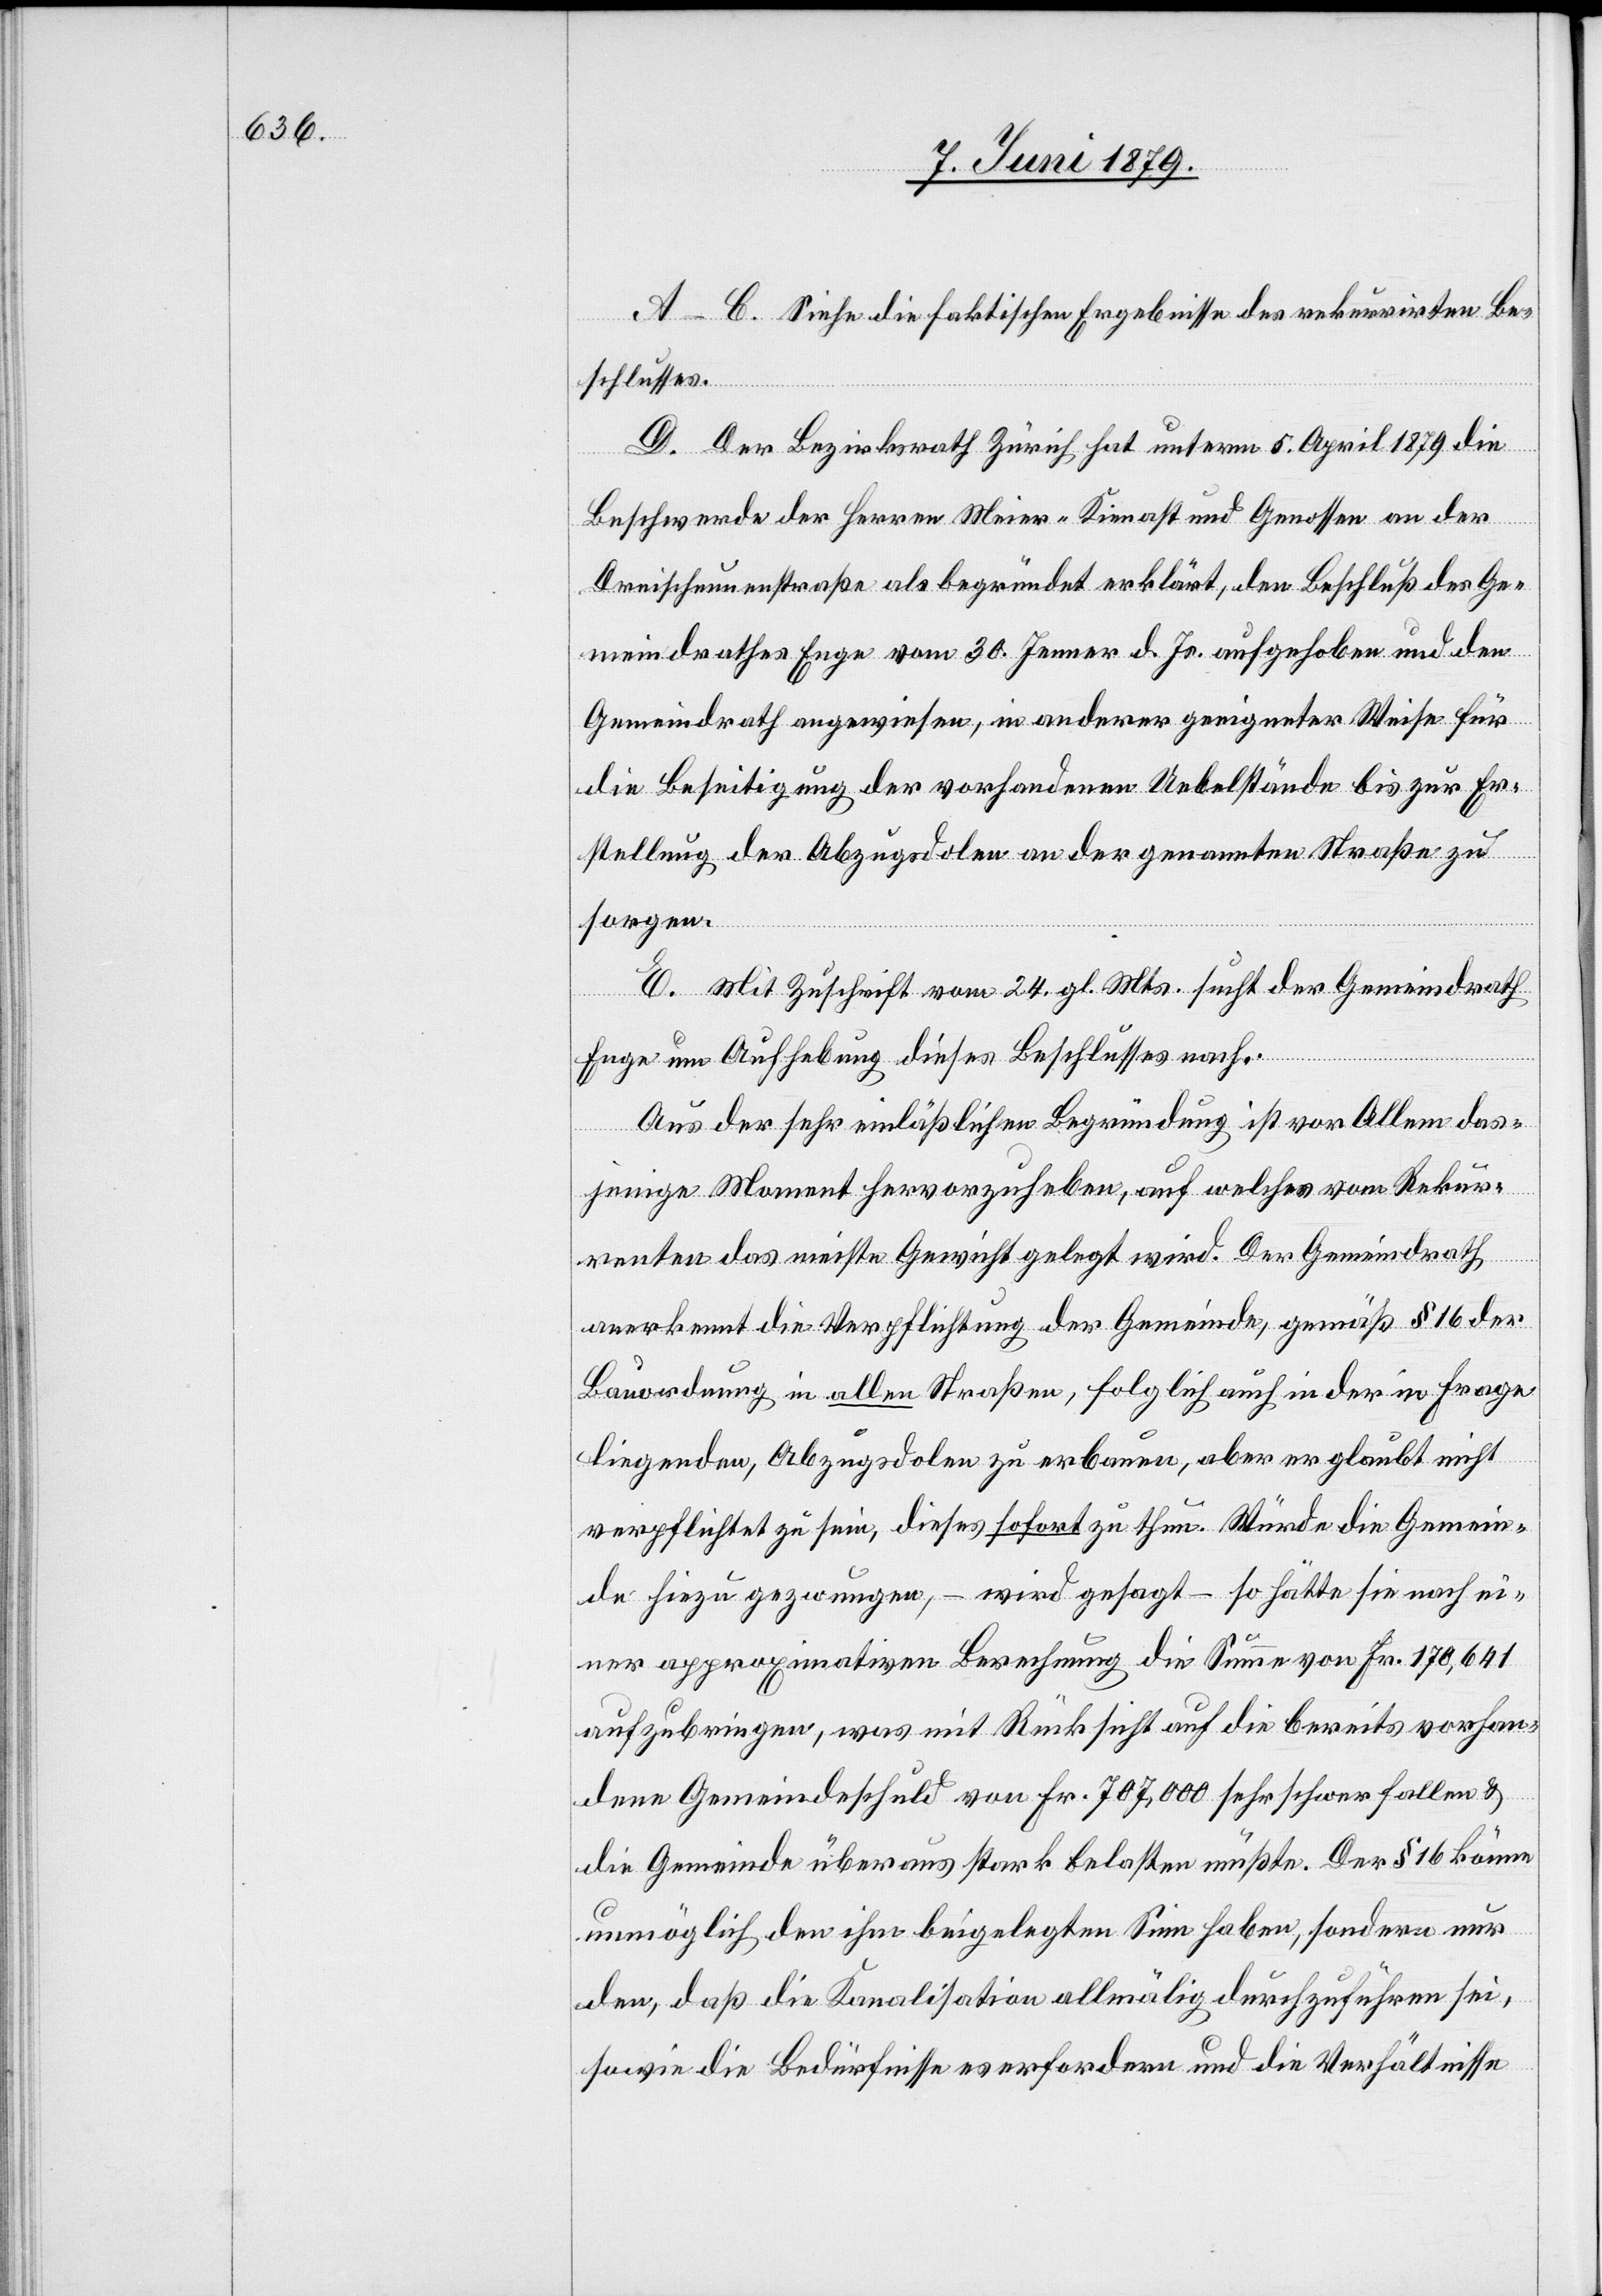
A–C. Siehe die faktischen Ergebnisse des rekurrirten Be¬
schlusses.
D. Der Bezirksrath Zürich hat unterm 5. April 1879 die
Beschwerde der Herren Meier-Kienast und Genossen an der
Dreischeunenstraße als begründet erklärt, den Beschluß des Ge¬
meindrathes Enge vom 30. Jenner d. Js. aufgehoben und den
Gemeindrath angewiesen, in anderer geeigneter Weise für
die Beseitigung der vorhandenen Uebelstände bis zur Er¬
stellung der Abzugsdolen an der genannten Straße zu
sorgen.
E. Mit Zuschrift vom 24. gl. Mts. sucht der Gemeindrath
Enge um Aufhebung dieses Beschlusses nach.
Aus der sehr einläßlichen Begründung ist vor Allem das¬
jenige Moment hervorzuheben, auf welches vom Rekur¬
renten das meiste Gewicht gelegt wird. Der Gemeindrath
anerkennt die Verpflichtung der Gemeinde, gemäß § 16 der
Bauordnung in allen Straßen, folglich auch in der in Frage
liegenden, Abzugsdolen zu erbauen, aber er glaubt nicht
verpflichtet zu sein, dieses sofort zu thun. Würde die Gemein¬
de hiezu gezwungen, – wird gesagt – so hätte sie nach ei¬
ner approximativen Berechnung die Summe von Fr. 170,641
aufzubringen, was mit Rücksicht auf die bereits vorhan¬
dene Gemeindeschuld von Fr. 707,000 sehr schwer fallen &
die Gemeinde überaus stark belasten müßte. Der § 16 könne
unmöglich den ihm beigelegten Sinn haben, sondern nur
den, daß die Kanalisation allmälig durchzuführen sei,
sowie die Bedürfnisse es erfordern und die Verhältnisse